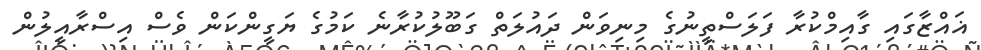
ޣައްޒާގައި ގާއިމްކުރާ ފަލަސްތީނުގެ މިނިވަން ދައުލަތް ގަބޫލުކުރާނެ ކަމުގެ ޔަގީންކަން ވެސް އިސްރާއީލުން